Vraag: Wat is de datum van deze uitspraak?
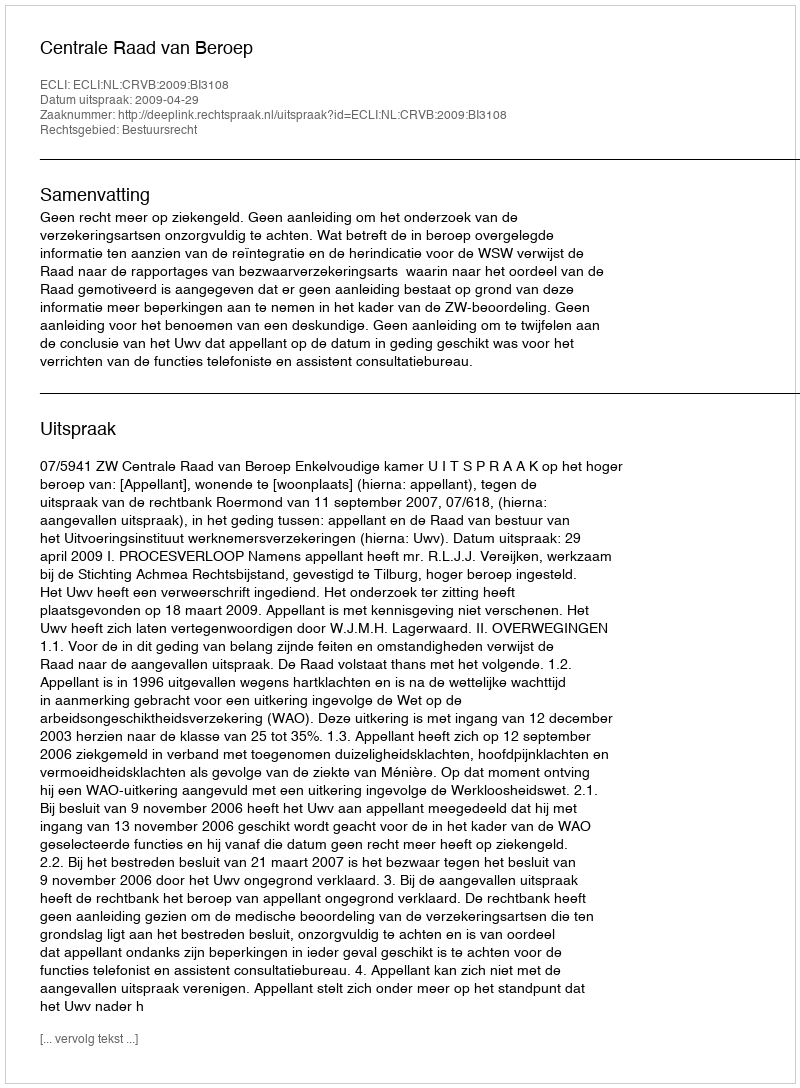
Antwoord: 2009-04-29